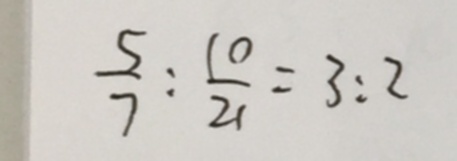
\frac { 5 } { 7 } : \frac { 1 0 } { 2 1 } = 3 : 2